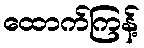
ထောက်ကြန့်